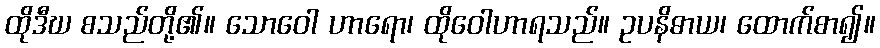
ထိုဒီဃ စသည်တို့၏။ သောဝေါ ဟာရော၊ ထိုဝေါဟာရသည်။ ဥပနိဓာယ၊ ထောက်စာ၍။